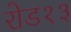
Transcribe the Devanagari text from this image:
रोड१३